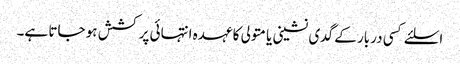
اسلئے کسی دربار کے گدی نشینی یا متولی کا عہدہ انتہائی پر کشش ہو جاتا ہے۔